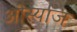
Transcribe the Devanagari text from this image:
ओस्याज